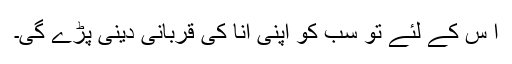
ا س کے لئے تو سب کو اپنی انا کی قربانی دینی پڑے گی۔